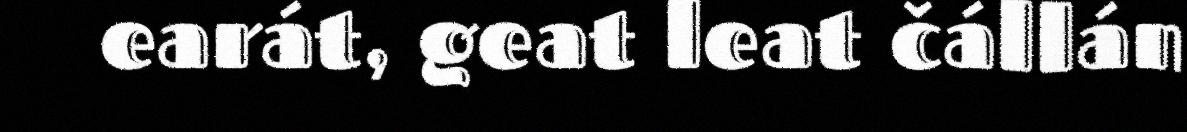
earát, geat leat čállán